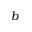
b